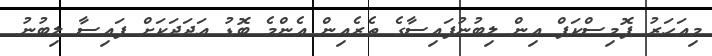
މިއަހަރު ޕޮމިސްކަޕް އިން ލިބުނުފައިސާގެ ތެރެއިން އެންމެ ބޮޑު ޢަދަދަކަށް ފައިސާ ލިބުނު